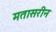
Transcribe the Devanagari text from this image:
मतासरीन